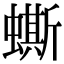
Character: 蟖